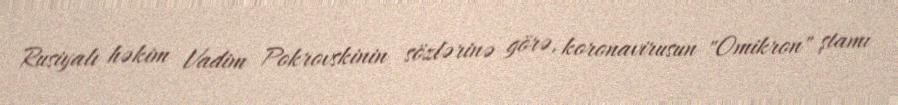
Rusiyalı həkim Vadim Pokrovskinin sözlərinə görə, koronavirusun "Omikron" ştamı